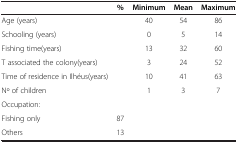
<table><thead><tr><td><b> </b></td><td><b>%</b></td><td><b>Minimum</b></td><td><b>Mean</b></td><td><b>Maximum</b></td></tr></thead><tbody><tr><td>Age (years)</td><td> </td><td>40</td><td>54</td><td>86</td></tr><tr><td>Schooling (years)</td><td> </td><td>0</td><td>5</td><td>14</td></tr><tr><td>Fishing time(years)</td><td> </td><td>13</td><td>32</td><td>60</td></tr><tr><td>T associated the colony(years)</td><td> </td><td>3</td><td>24</td><td>52</td></tr><tr><td>Time of residence in Ilhéus(years)</td><td> </td><td>10</td><td>41</td><td>63</td></tr><tr><td>No of children</td><td> </td><td>1</td><td>3</td><td>7</td></tr><tr><td>Occupation:</td><td> </td><td> </td><td> </td><td> </td></tr><tr><td>Fishing only</td><td>87</td><td> </td><td> </td><td> </td></tr><tr><td>Others</td><td>13</td><td> </td><td> </td><td> </td></tr></tbody></table>